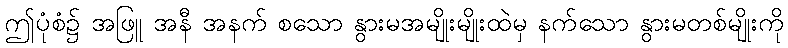
ဤပုံစံ၌ အဖြူ အနီ အနက် စသော နွားမအမျိုးမျိုးထဲမှ နက်သော နွားမတစ်မျိုးကို